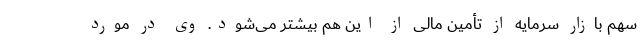
سهم بازار سرمایه از تأمین مالی از این هم بیشتر می‌شود. وی در مورد